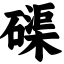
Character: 磲